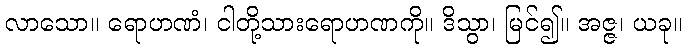
လာသော။ ရောဟဏံ၊ ငါတို့သားရောဟဏကို။ ဒိသွာ၊ မြင်၍။ အဇ္ဇ၊ ယခု။